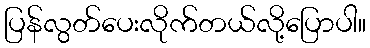
ပြန်လွတ်ပေးလိုက်တယ်လို့ပြောပါ။